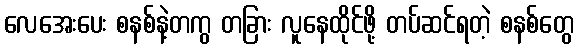
လေအေးပေး စနစ်နဲ့တကွ တခြား လူနေထိုင်ဖို့ တပ်ဆင်ရတဲ့ စနစ်တွေ